Vaccination Hyderabad 1890-1903 - 1890-1903
Year: 1890
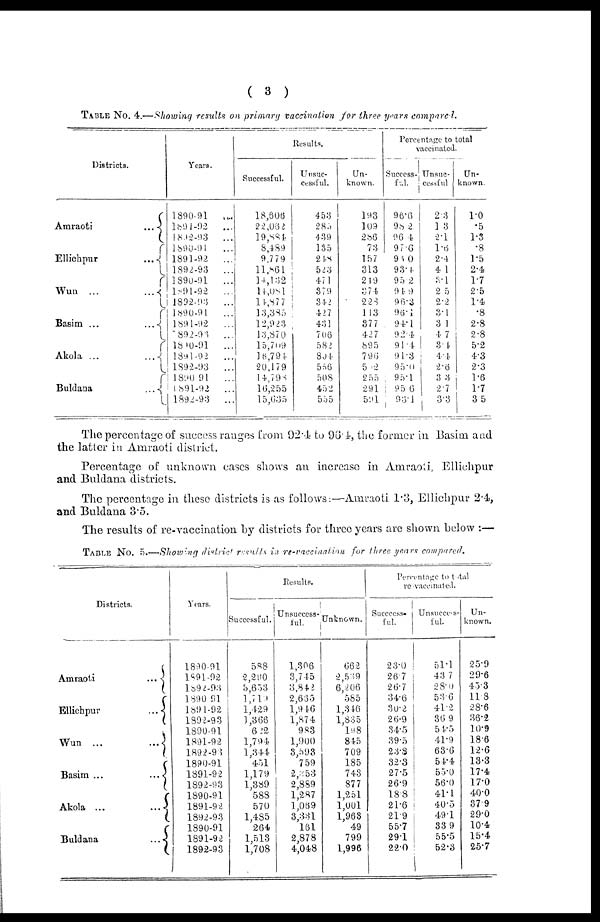
( 3 )
TABLE No. 4.—Showing results on primary vaccination for three years compared.
Districts.
Amraoti
...
Ellichpur
...
Wun ...
...
Basim ...
...
Akola ...
...
Buldana
...
Years.
1890-91
...
l891-92
...
1892-93
...
1890-91 ...
1891-92
...
1892-93
...
1890-91
...
l891-92
...
1892-93
...
l890-9l
...
1891-92
...
1892-93
...
1890-91
...
1891-92
...
1892-93
...
1890-91
...
1891-92
...
1892-93
...
Results.
Successful.
18,606
22,062
19,884
8,489
9,779
11,861
14,132
14,081
14,877
13,385
12,923
13,870
15,709
16,794
20,179
14,798
16,255
15,635
Unsuc¬
cessful.
453
285
439
135
248
523
471
379
342
427
431
706
582
804
556
508
452
555
Un-
known.
193
109
286
73
157
313
219
374
228
143
877
427
895
796
502
255
291
591
Percentage to total
vaccinated.
Success¬
ful.
96.6
98.2
96.4
97.6
95.0
93.4
95.2
94.9
96.3
96.1
94.1
92.4
91.4
91.3
95.0
95.1
95.6
93.1
Unsuc-
cessful
2.3
1.3
2.1
1.6
2.1
4.1
3.1
2.5
2.2
3.1
3.1
4.7
3.4
4.4
2.6
3.3
2.7
3.3
Un-
known.
1.0
.5
1.3
.8
1.5
2.4
1.7
2.5
1.4
.8
2.8
2.8
5.2
4.3
2.3
1.6
1.7
3.5
The percentage of success ranges from 92.4 to 96.4, the former in Basim and
the latter in Amraoti district.
Percentage of unknown cases shows an increase in Amraoti, Ellichpur
and Buldana districts.
The percentage in these districts is as follows:—Amraoti 1.3, Ellichpur 2.4,
and Buldana 3.5.
The results of re-vaccination by districts for three years are shown below :—
TABLE No. 5.—Showing district results in re-vaccination for three years compared.
Districts.
Amraoti
...
Ellichpur
...
Wun ...
...
Basim ...
...
Akola ...
...
Buldana
...
Years.
1890-91
1891-92
1892-93
1890-91
1891-92
1892-93
1890-91
1891-92
1892-93
1890-91
1891-92
1892-93
1890-91
1891-92
1892-93
1890-91
1891-92
1892-93
Results.
Successful.
588
2,290
3,653
1,719
1,429
1,366
612
1,794
1,344
451
1,179
1,389
588
570
1,485
264
1,513
1,708
Unsuccess-
ful.
1,306
3,745
3,842
2,665
1,946
1,874
983
1,900
3,593
759
2,353
2,889
1,287
1,069
3,331
161
2,878
4,048
Unknown.
662
2,539
6,206
585
1,346
1,835
198
845
709
185
743
877
1,251
1,001
1,963
49
799
1,996
Percentage to total
re-vaccinated.
Success-
ful.
23.0
26.7
26.7
34.6
30.2
26.9
34.5
39.5
23.8
32.3
27.5
26.9
18.8
21.6
21.9
55.7
291
220
Unsuccess-
ful.
51.1
43.7
28.0
53.6
41.2
36.9
54.5
41.9
63.6
54.4
55.0
56.0
41.1
40.5
49.1
33.9
55.5
52.3
Un-
known.
259
29.6
45.3
11.8
28.6
36.2
10.9
18.6
12.6
13.3
17.4.
17.0
40.0
37.9
29.0
10.4
15.4
25.7